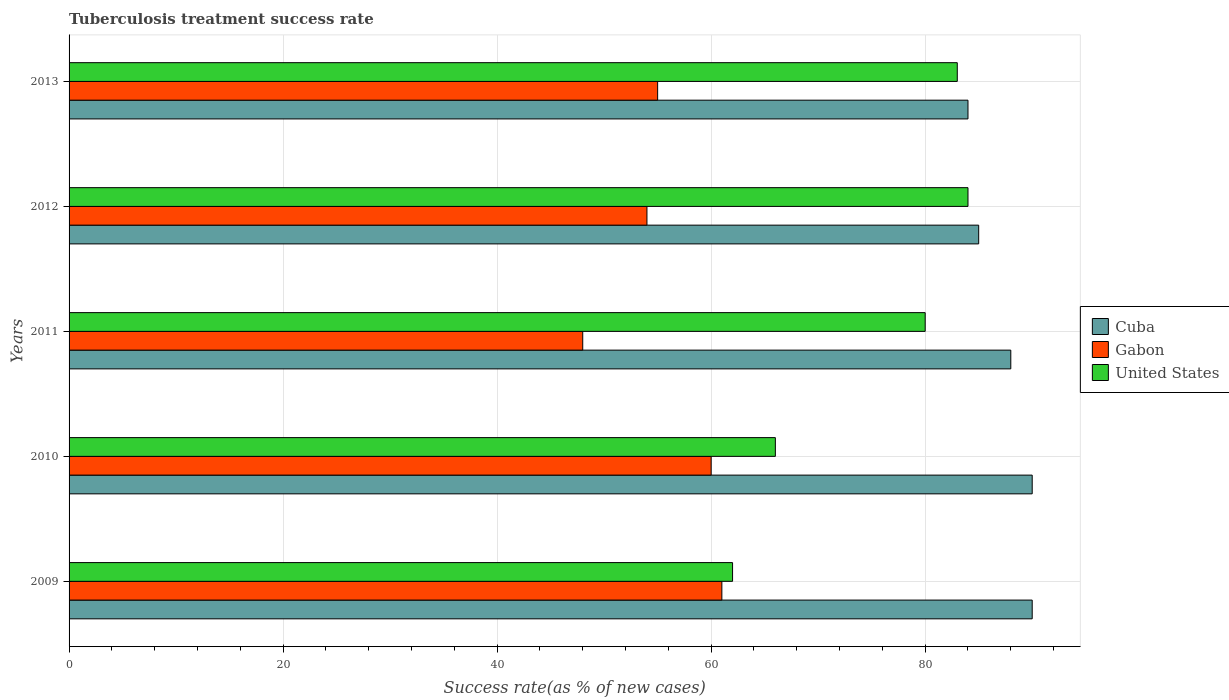
| Years | Cuba | Gabon | United States |
 | --- | --- | --- | --- |
 | 2009 | 90 | 61 | 62 |
 | 2010 | 90 | 60 | 66 |
 | 2011 | 88 | 48 | 80 |
 | 2012 | 85 | 54 | 84 |
 | 2013 | 84 | 55 | 83 |